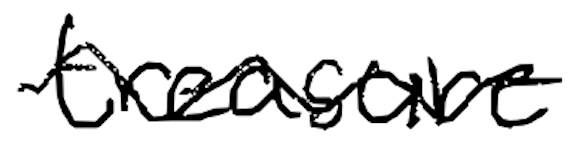
Text: treasure
Cross-out: wave
Writing tool: digital_black